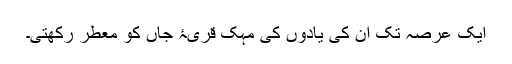
ایک عرصہ تک ان کی یادوں کی مہک قریۂ جاں کو معطر رکھتی۔